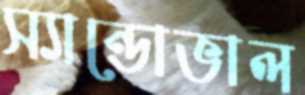
স্যান্ডোভাল